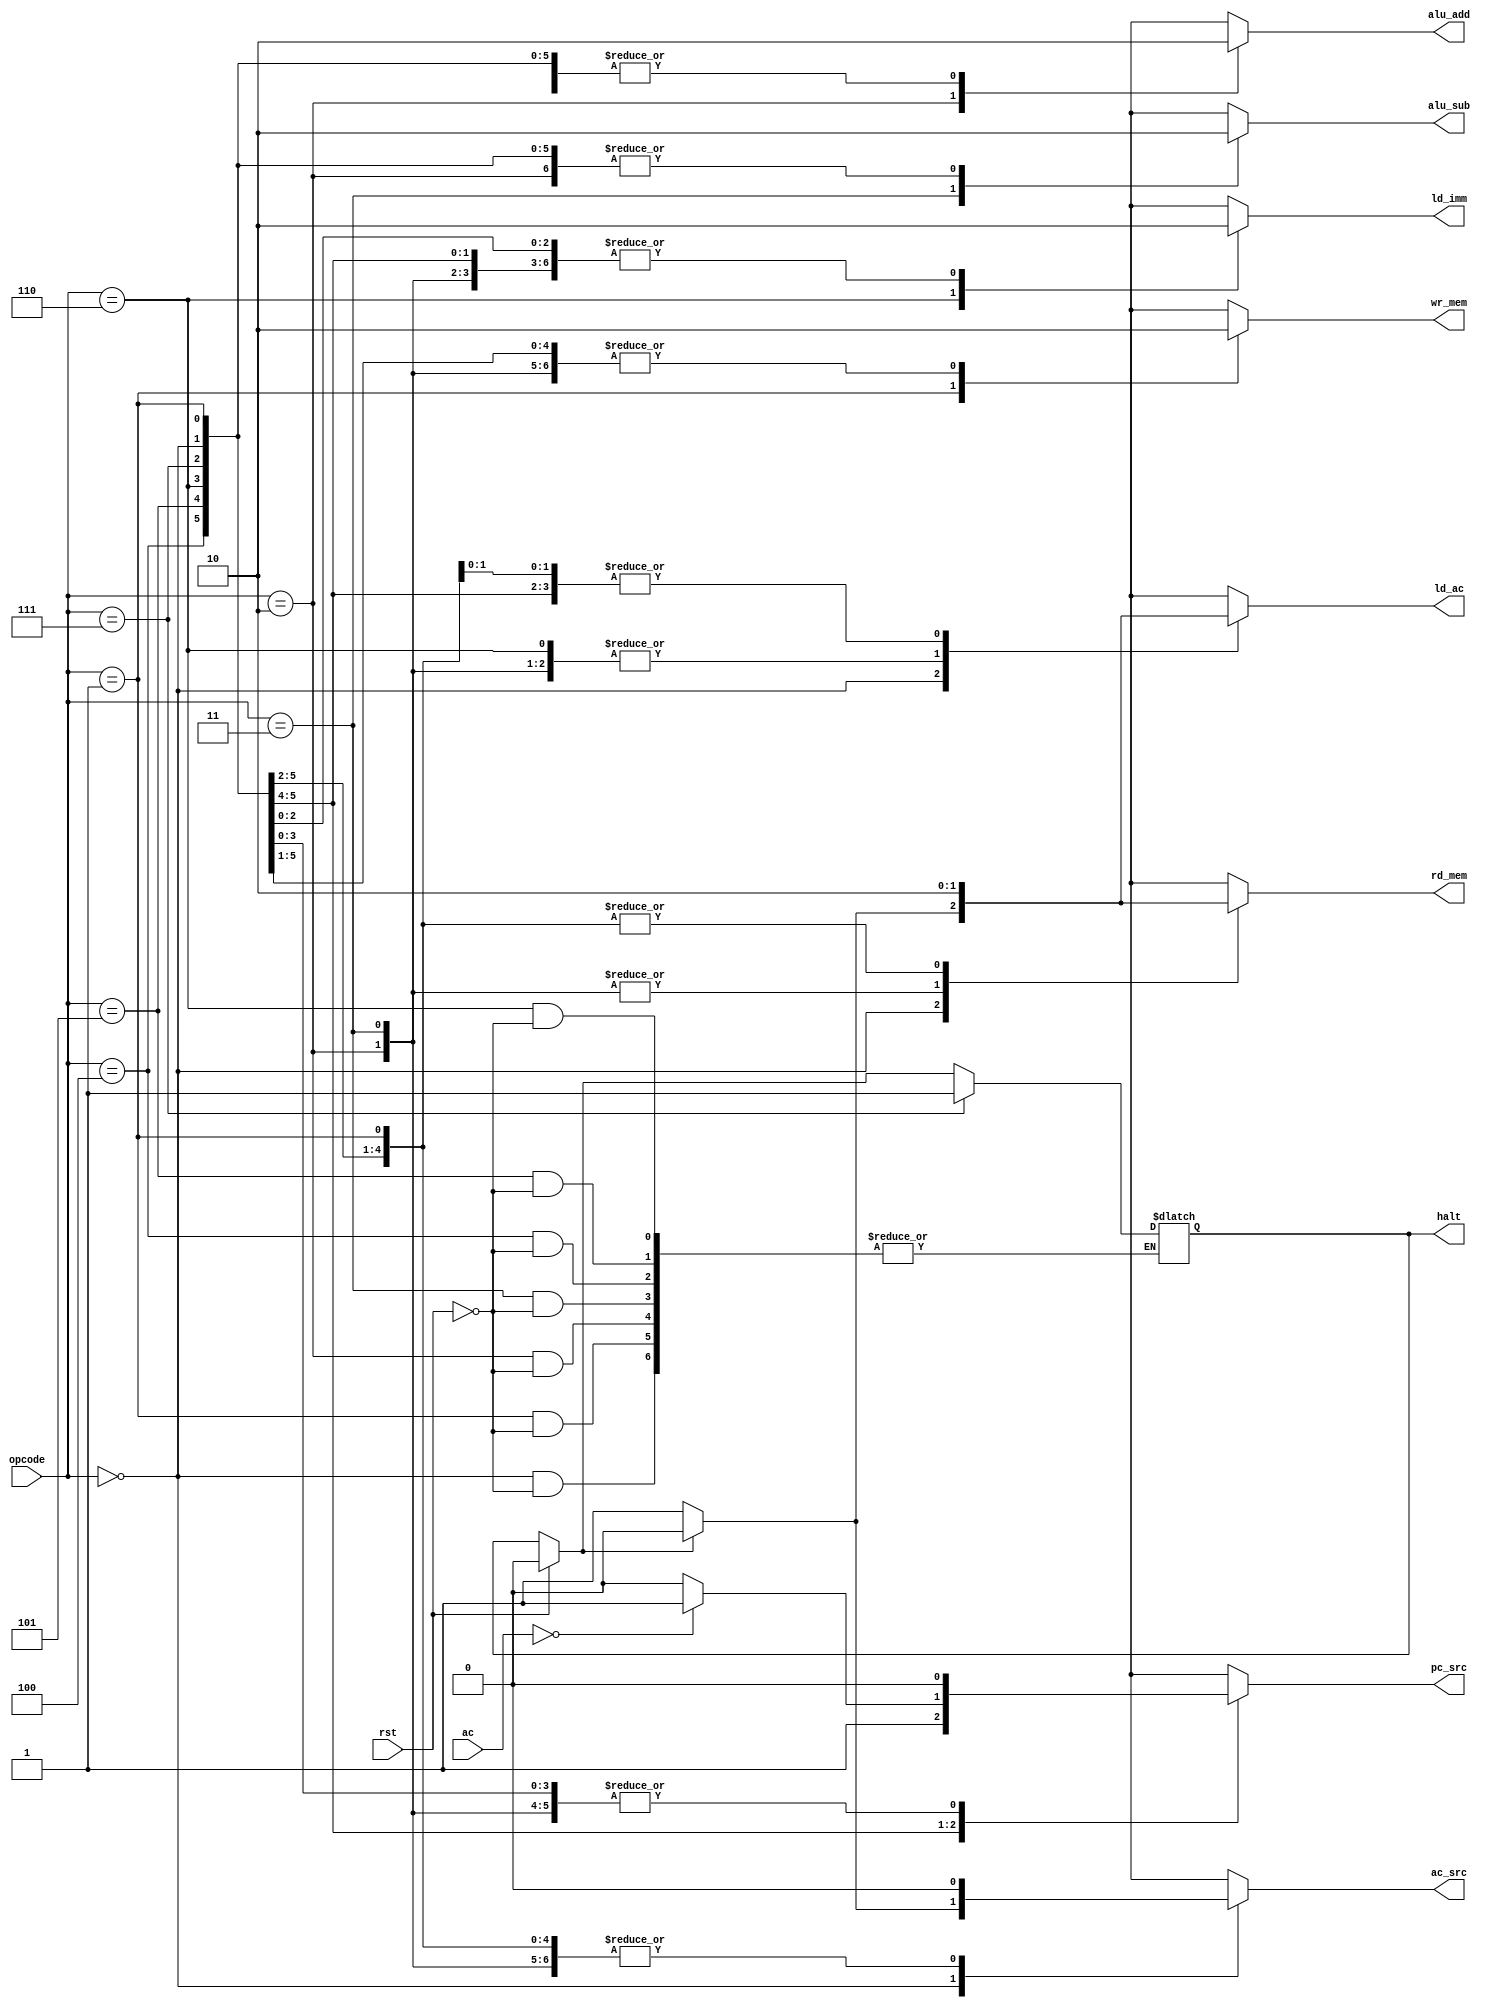
module Controller(input [2:0] opcode, input [15:0] ac, input rst, output reg rd_mem, wr_mem, ac_src, ld_ac, pc_src, alu_add, alu_sub, ld_imm, halt);
	initial
	begin
		halt = 1'b0;
	end

	always@(opcode or rst)
	begin
		if(rst)
		begin
			halt = 1'b0;
		end
		
		rd_mem = 1'b0;
		wr_mem = 1'b0;
		ac_src = 1'b0;
		ld_ac = 1'b0;
		ld_imm = 1'b0;
		pc_src = 1'b0;
		alu_add = 1'b0;
		alu_sub = 1'b0;
		
		case(opcode)
			3'b000 : // LDA (Load Accumulator)
				begin
					if(halt == 1'b0)
					begin
						rd_mem = 1'b1;
						ac_src = 1'b1;
						ld_ac = 1'b1;
					end
				end
			3'b001 : // STA (Store Accumulator)
				begin
					wr_mem = 1'b1;
				end
			3'b010 : // ADD (Add Addressed Memory with Accumulator
				begin
					alu_add = 1'b1;
					ld_ac = 1'b1;
					rd_mem = 1'b1;
				end
			3'b011 : // SUB (Subtract Addressed Memory from Accumulator)
				begin
					alu_sub = 1'b1;
					ld_ac = 1'b1;
					rd_mem = 1'b1;
				end
			3'b100 : // JMP (Unconditional Direct Jump)
				begin
					pc_src = 1'b1;
				end
			3'b101 : // JEZ (Direct jump when Acc is equal to 0)
				begin
					if(ac == 0)
					begin
						pc_src = 1'b1;
					end
				end
			3'b110 : // LDI (Load Accumulator Immediate, sign extend)
				begin
					ld_imm = 1'b1;
					ld_ac = 1'b1;
				end
			3'b111 : // HLT (Halt, no more fetching until a new start)
				begin
					halt = 1'b1;
				end
		endcase
	end
endmodule